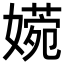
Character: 𡡶